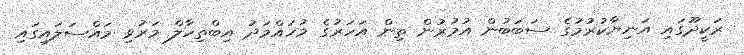
ރަކީދޫގައި އަނިޔާކުރުމުގެ ސަބަބުން އުމުރުން ތިން އަހަރުގެ މުހައްމަދު އިބްތިހާލް މަރުވި މައްސަލައިގައި